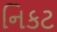
નિકટ